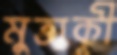
মুত্তাকী